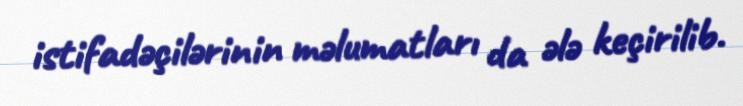
istifadəçilərinin məlumatları da ələ keçirilib.